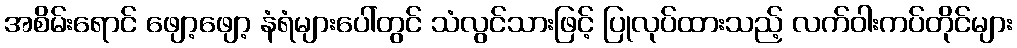
အစိမ်းရောင် ဖျော့ဖျော့ နံရံများပေါ်တွင် သံလွင်သားဖြင့် ပြုလုပ်ထားသည့် လက်ဝါးကပ်တိုင်များ